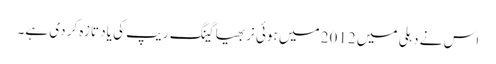
اس نے دہلی میں 2012 میں ہوئی نربھیا گینگ ریپ کی یاد تازہ کر دی ہے۔